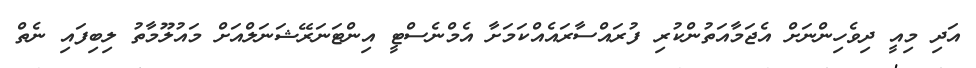
އަދި މިއީ ދިވެހިންނަށް އެޖަމާއަތުންކުރި ފުރައްސާރައެއްކަމަށާ އެމްނެސްޓީ އިންޓަނަރޭޝަނަލްއަށް މައުލޫމާތު ލިބިފައި ނެތް